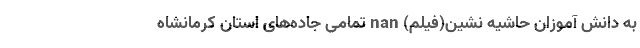
به دانش آموزان حاشیه نشین(فیلم) nan تمامی جاده‌های استان کرمانشاه